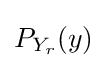
\textstyle P_{Y_{r}}(y)